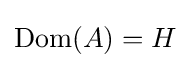
\operatorname {Dom} (A)=H